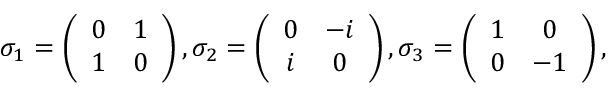
\begin{array} { r } { \sigma _ { 1 } = \left( \begin{array} { c c } { 0 } & { 1 } \\ { 1 } & { 0 } \end{array} \right) , \sigma _ { 2 } = \left( \begin{array} { c c } { 0 } & { - i } \\ { i } & { 0 } \end{array} \right) , \sigma _ { 3 } = \left( \begin{array} { c c } { 1 } & { 0 } \\ { 0 } & { - 1 } \end{array} \right) , } \end{array}